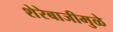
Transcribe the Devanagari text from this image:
शेरेबाजीमुळे